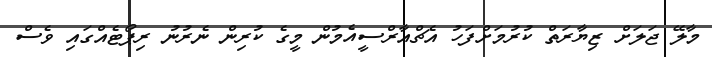
މާލޭ ޖަލަށް ޒިޔާރަތް ކުރުމަށްފަހު އެޗްއާރްސީއެމުން މީގެ ކުރިން ނެރުނު ރިޕޯޓެއްގައި ވެސް